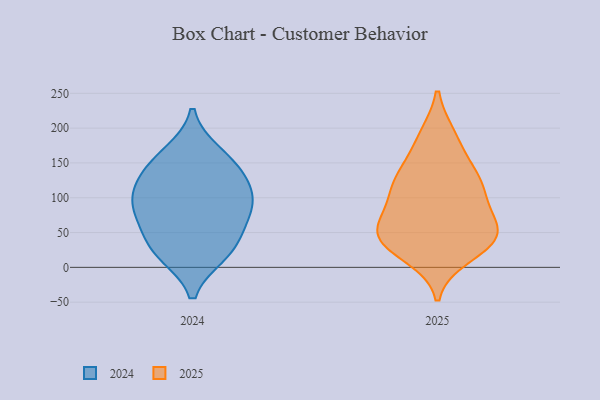
{"axis": {"x": "Backlog", "y": "Value"}, "legend": ["2024", "2025"], "data": [{"x": "", "y": 141, "type": "2025"}, {"x": "", "y": 59, "type": "2025"}, {"x": "", "y": 73, "type": "2025"}, {"x": "", "y": 29, "type": "2025"}, {"x": "", "y": 52, "type": "2025"}, {"x": "", "y": 42, "type": "2025"}, {"x": "", "y": 51, "type": "2025"}, {"x": "", "y": 35, "type": "2025"}, {"x": "", "y": 98, "type": "2025"}, {"x": "", "y": 46, "type": "2025"}, {"x": "", "y": 186, "type": "2025"}, {"x": "", "y": 109, "type": "2025"}, {"x": "", "y": 116, "type": "2025"}, {"x": "", "y": 17, "type": "2025"}, {"x": "", "y": 119, "type": "2025"}, {"x": "", "y": 137, "type": "2025"}, {"x": "", "y": 188, "type": "2025"}, {"x": "", "y": 134, "type": "2024"}, {"x": "", "y": 149, "type": "2024"}, {"x": "", "y": 101, "type": "2024"}, {"x": "", "y": 69, "type": "2024"}, {"x": "", "y": 85, "type": "2024"}, {"x": "", "y": 85, "type": "2024"}, {"x": "", "y": 163, "type": "2024"}, {"x": "", "y": 34, "type": "2024"}, {"x": "", "y": 25, "type": "2024"}, {"x": "", "y": 20, "type": "2024"}, {"x": "", "y": 115, "type": "2024"}]}